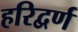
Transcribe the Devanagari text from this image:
हरिद्वर्ण